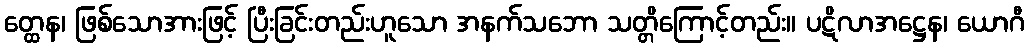
တ္ထေန၊ ဖြစ်သောအားဖြင့် ပြီးခြင်းတည်းဟူသော အနက်သဘော သတ္တိကြောင့်တည်း။ ပဋိလာအဋ္ဌေန၊ ယောဂီ